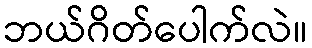
ဘယ်ဂိတ်ပေါက်လဲ။